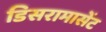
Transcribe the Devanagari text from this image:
डिसरामासेंट